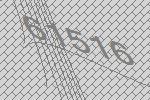
61516